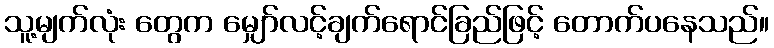
သူ့မျက်လုံး တွေက မျှော်လင့်ချက်ရောင်ခြည်ဖြင့် တောက်ပနေသည်။